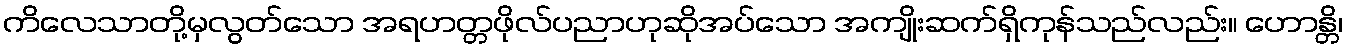
ကိလေသာတို့မှလွတ်သော အရဟတ္တဖိုလ်ပညာဟုဆိုအပ်သော အကျိုးဆက်ရှိကုန်သည်လည်း။ ဟောန္တိ၊